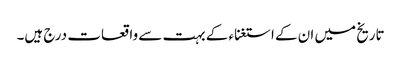
تاریخ میں ان کے استغناء کے بہت سے واقعات درج ہیں۔